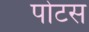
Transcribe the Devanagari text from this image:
पोटस